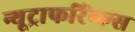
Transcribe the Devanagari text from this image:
न्यूट्राफरिंग्ल्स